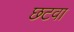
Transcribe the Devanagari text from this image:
छटवा